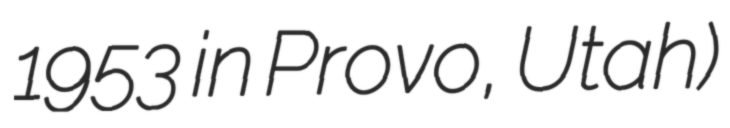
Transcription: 1953 in Provo, Utah)